Lunatic asylums United Prov. 1922-30 - 1922-1930
Year: 1922
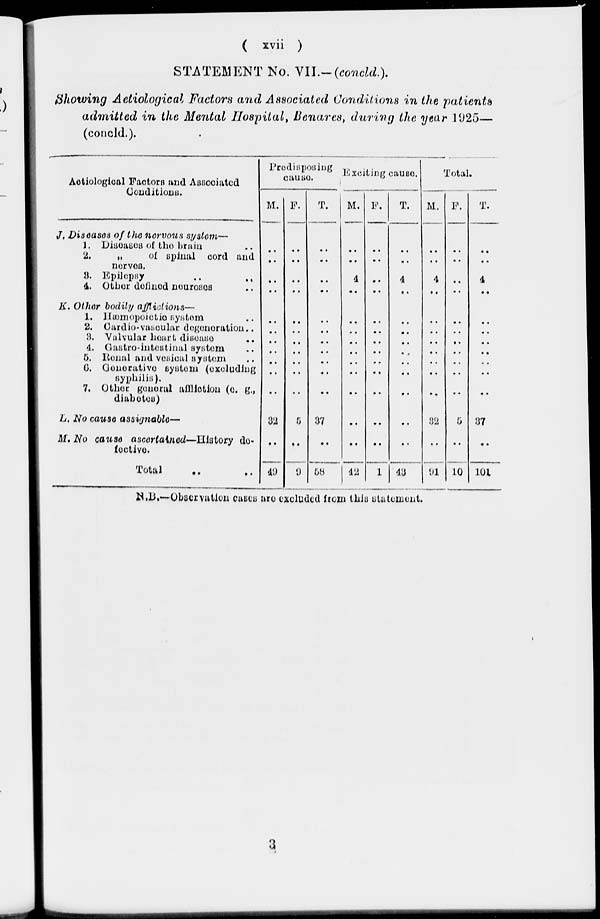
( xvii )
STATEMENT No. VII.-(concld.).
Showing Aetiological Factors and Associated Conditions in the patients
admitted in the Mental Hospital, Benares, during the year 1925—
(concld.).
Aetiological Factors and Associated
Conditions.
J. Diseases of the nervous system—
1. Diseases of the brain ..
2.
„ of spinal cord and
nerves.
3.
Epilepsy
..
..
4. Other defined neuroses ..
K. Other bodily afflictions—
1. Hæmopoietic system ..
2. Cardio-vascular degeneration ..
3. Valvular heard disease ..
4. Castro-intestinal system ..
5. Renal and vesical system ..
6. Generative system (excluding
syphilis).
7. Other general affliction (e. g.,
diabetes)
L. No cause assignable—
M. No cause ascertained—History de-
fective.
Total
Predisposing
cause.
M.
..
..
..
..
..
..
..
..
..
..
..
32
..
49
F.
..
..
..
..
..
..
..
..
..
..
..
5
..
9
T.
..
..
..
..
..
..
..
..
..
..
..
37
..
58
Exciting causes.
M.
..
..
4
..
..
..
..
..
..
..
..
..
..
42
F.
..
..
..
..
..
..
..
..
..
..
..
..
..
1
T.
..
..
4
..
..
..
..
..
..
..
..
..
..
43
Total.
M.
..
..
4
..
..
..
..
..
..
..
..
32
..
91
F.
..
..
..
..
..
..
..
..
..
..
..
5
..
10
T.
..
..
4
..
..
..
..
..
..
..
..
37
..
101
N.B.—Observation cases are excluded from this statement.
3